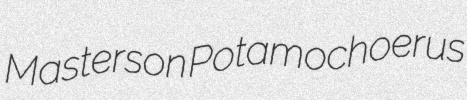
Masterson Potamochoerus